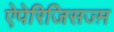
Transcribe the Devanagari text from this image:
ऐपेरिजिसज्म़